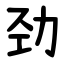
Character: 劲